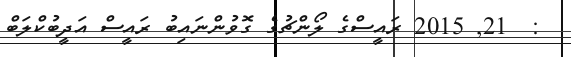
:  21